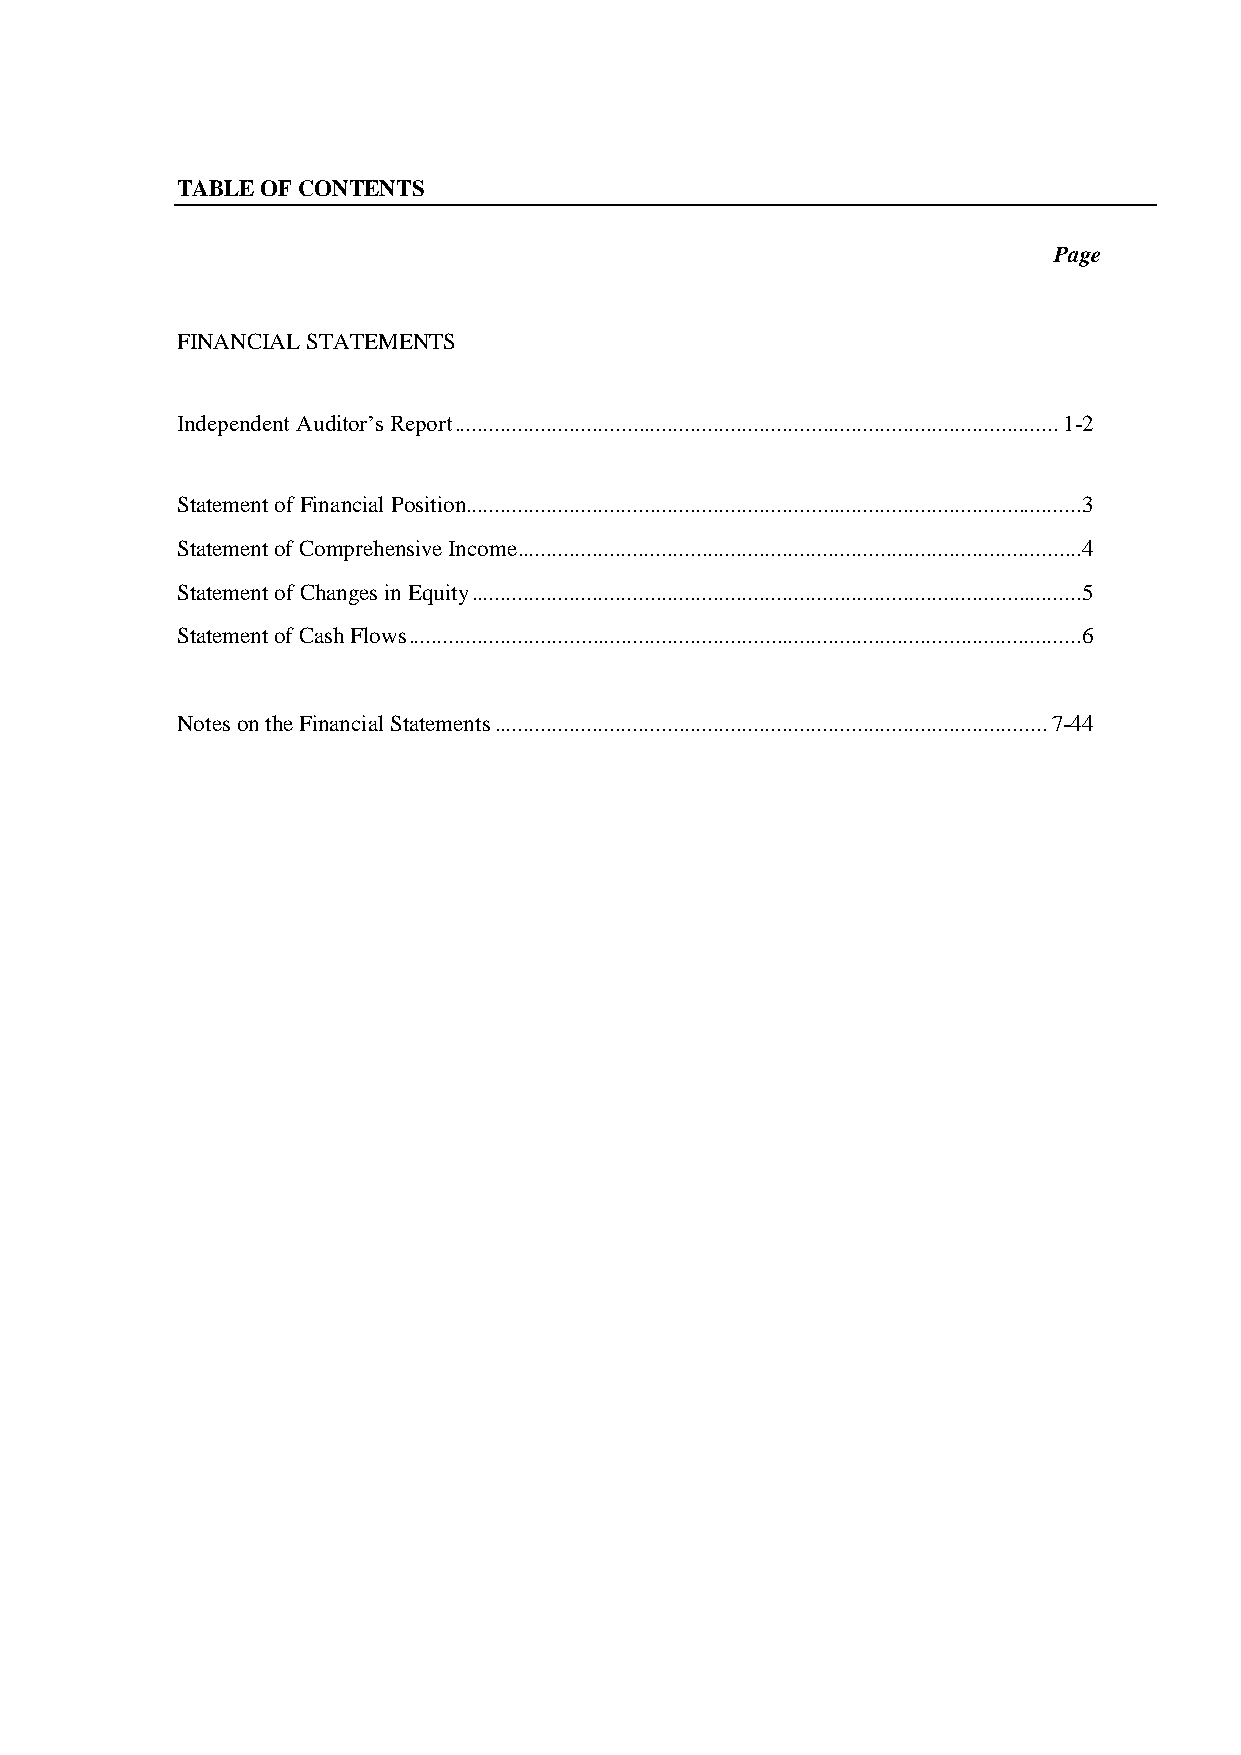
TABLE OF CONTENTS
 Page
 FINANCIAL STATEMENTS
 Independent Auditor’s Report ......................................................................................................... 1-2
 Statement of Financial Position........................................................................................................... 3
 Statement of Comprehensive Income.................................................................................................. 4
 Statement of Changes in Equity .......................................................................................................... 5
 Statement of Cash Flows ..................................................................................................................... 6
 Notes on the Financial Statements ................................................................................................ 7-44